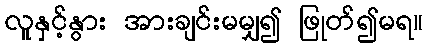
လူနှင့်နွား အားချင်းမမျှ၍ ဖြုတ်၍မရ။